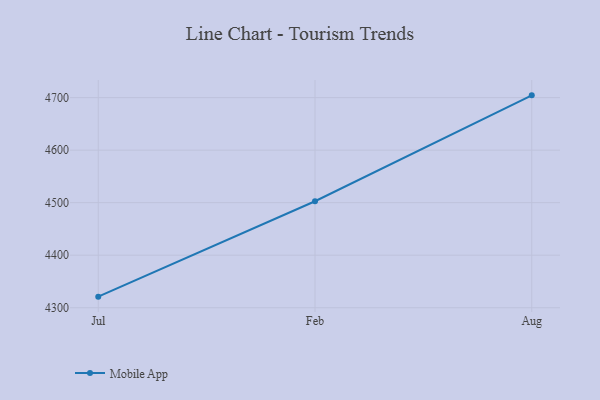
{"axis": {"x": "Month", "y": "Population (Million)"}, "legend": ["Mobile App"], "data": [{"x": "Jul", "y": 4321.1, "type": "Mobile App"}, {"x": "Feb", "y": 4502.7, "type": "Mobile App"}, {"x": "Aug", "y": 4704.3, "type": "Mobile App"}]}